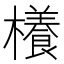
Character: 𣞼